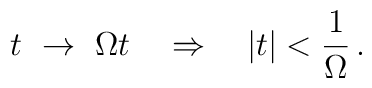
t\ \rightarrow\ \Omega t \quad \Rightarrow \quad |t| < \frac{1}{\Omega}\,.